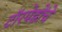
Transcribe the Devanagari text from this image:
टॉरपेडोंचे